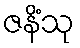
ဇနိံသု